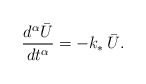
\begin{align*}\frac{d^{\alpha}\bar{U}}{dt^{\alpha}} = -k_{\ast}\,\bar{U}.\end{align*}